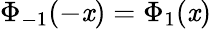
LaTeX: \Phi_{-1}(-\mathit{x})=\Phi_{1}(\mathit{x})